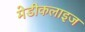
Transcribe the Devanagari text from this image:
मेडीकलाइज